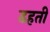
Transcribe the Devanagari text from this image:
ढहती